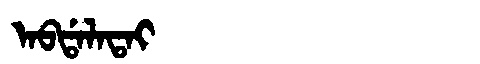
Manchu: ᠠᠪᡩᠠᠯᠠᡨᠠᡳ
Romanization: ABDALATAI